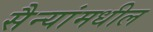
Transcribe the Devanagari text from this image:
सैन्यांमधील